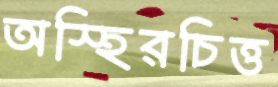
অস্হিরচিত্ত